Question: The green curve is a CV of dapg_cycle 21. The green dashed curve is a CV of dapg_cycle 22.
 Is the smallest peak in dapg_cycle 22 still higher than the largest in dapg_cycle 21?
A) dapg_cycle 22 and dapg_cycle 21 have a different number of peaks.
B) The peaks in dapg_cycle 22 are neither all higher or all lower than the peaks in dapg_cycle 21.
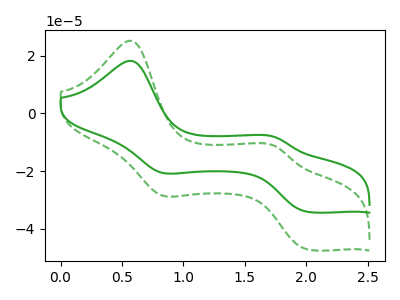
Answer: <think>The green curve "dapg_cycle 21" has anodic peaks at (0.55V, 18.30uA) (1.75V, -8.20uA) and cathodic peaks at (0.85V, -20.55uA) (2.00V, -34.20uA). The green dashed curve "dapg_cycle 22" has anodic peaks at (0.55V, 25.30uA) (1.75V, -11.30uA) and cathodic peaks at (0.85V, -28.45uA) (2.00V, -47.25uA).</think>
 <answer>B) The peaks in "dapg_cycle 22" are neither all higher or all lower than the peaks in "dapg_cycle 21".</answer>
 <eval>B</eval>